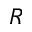
R